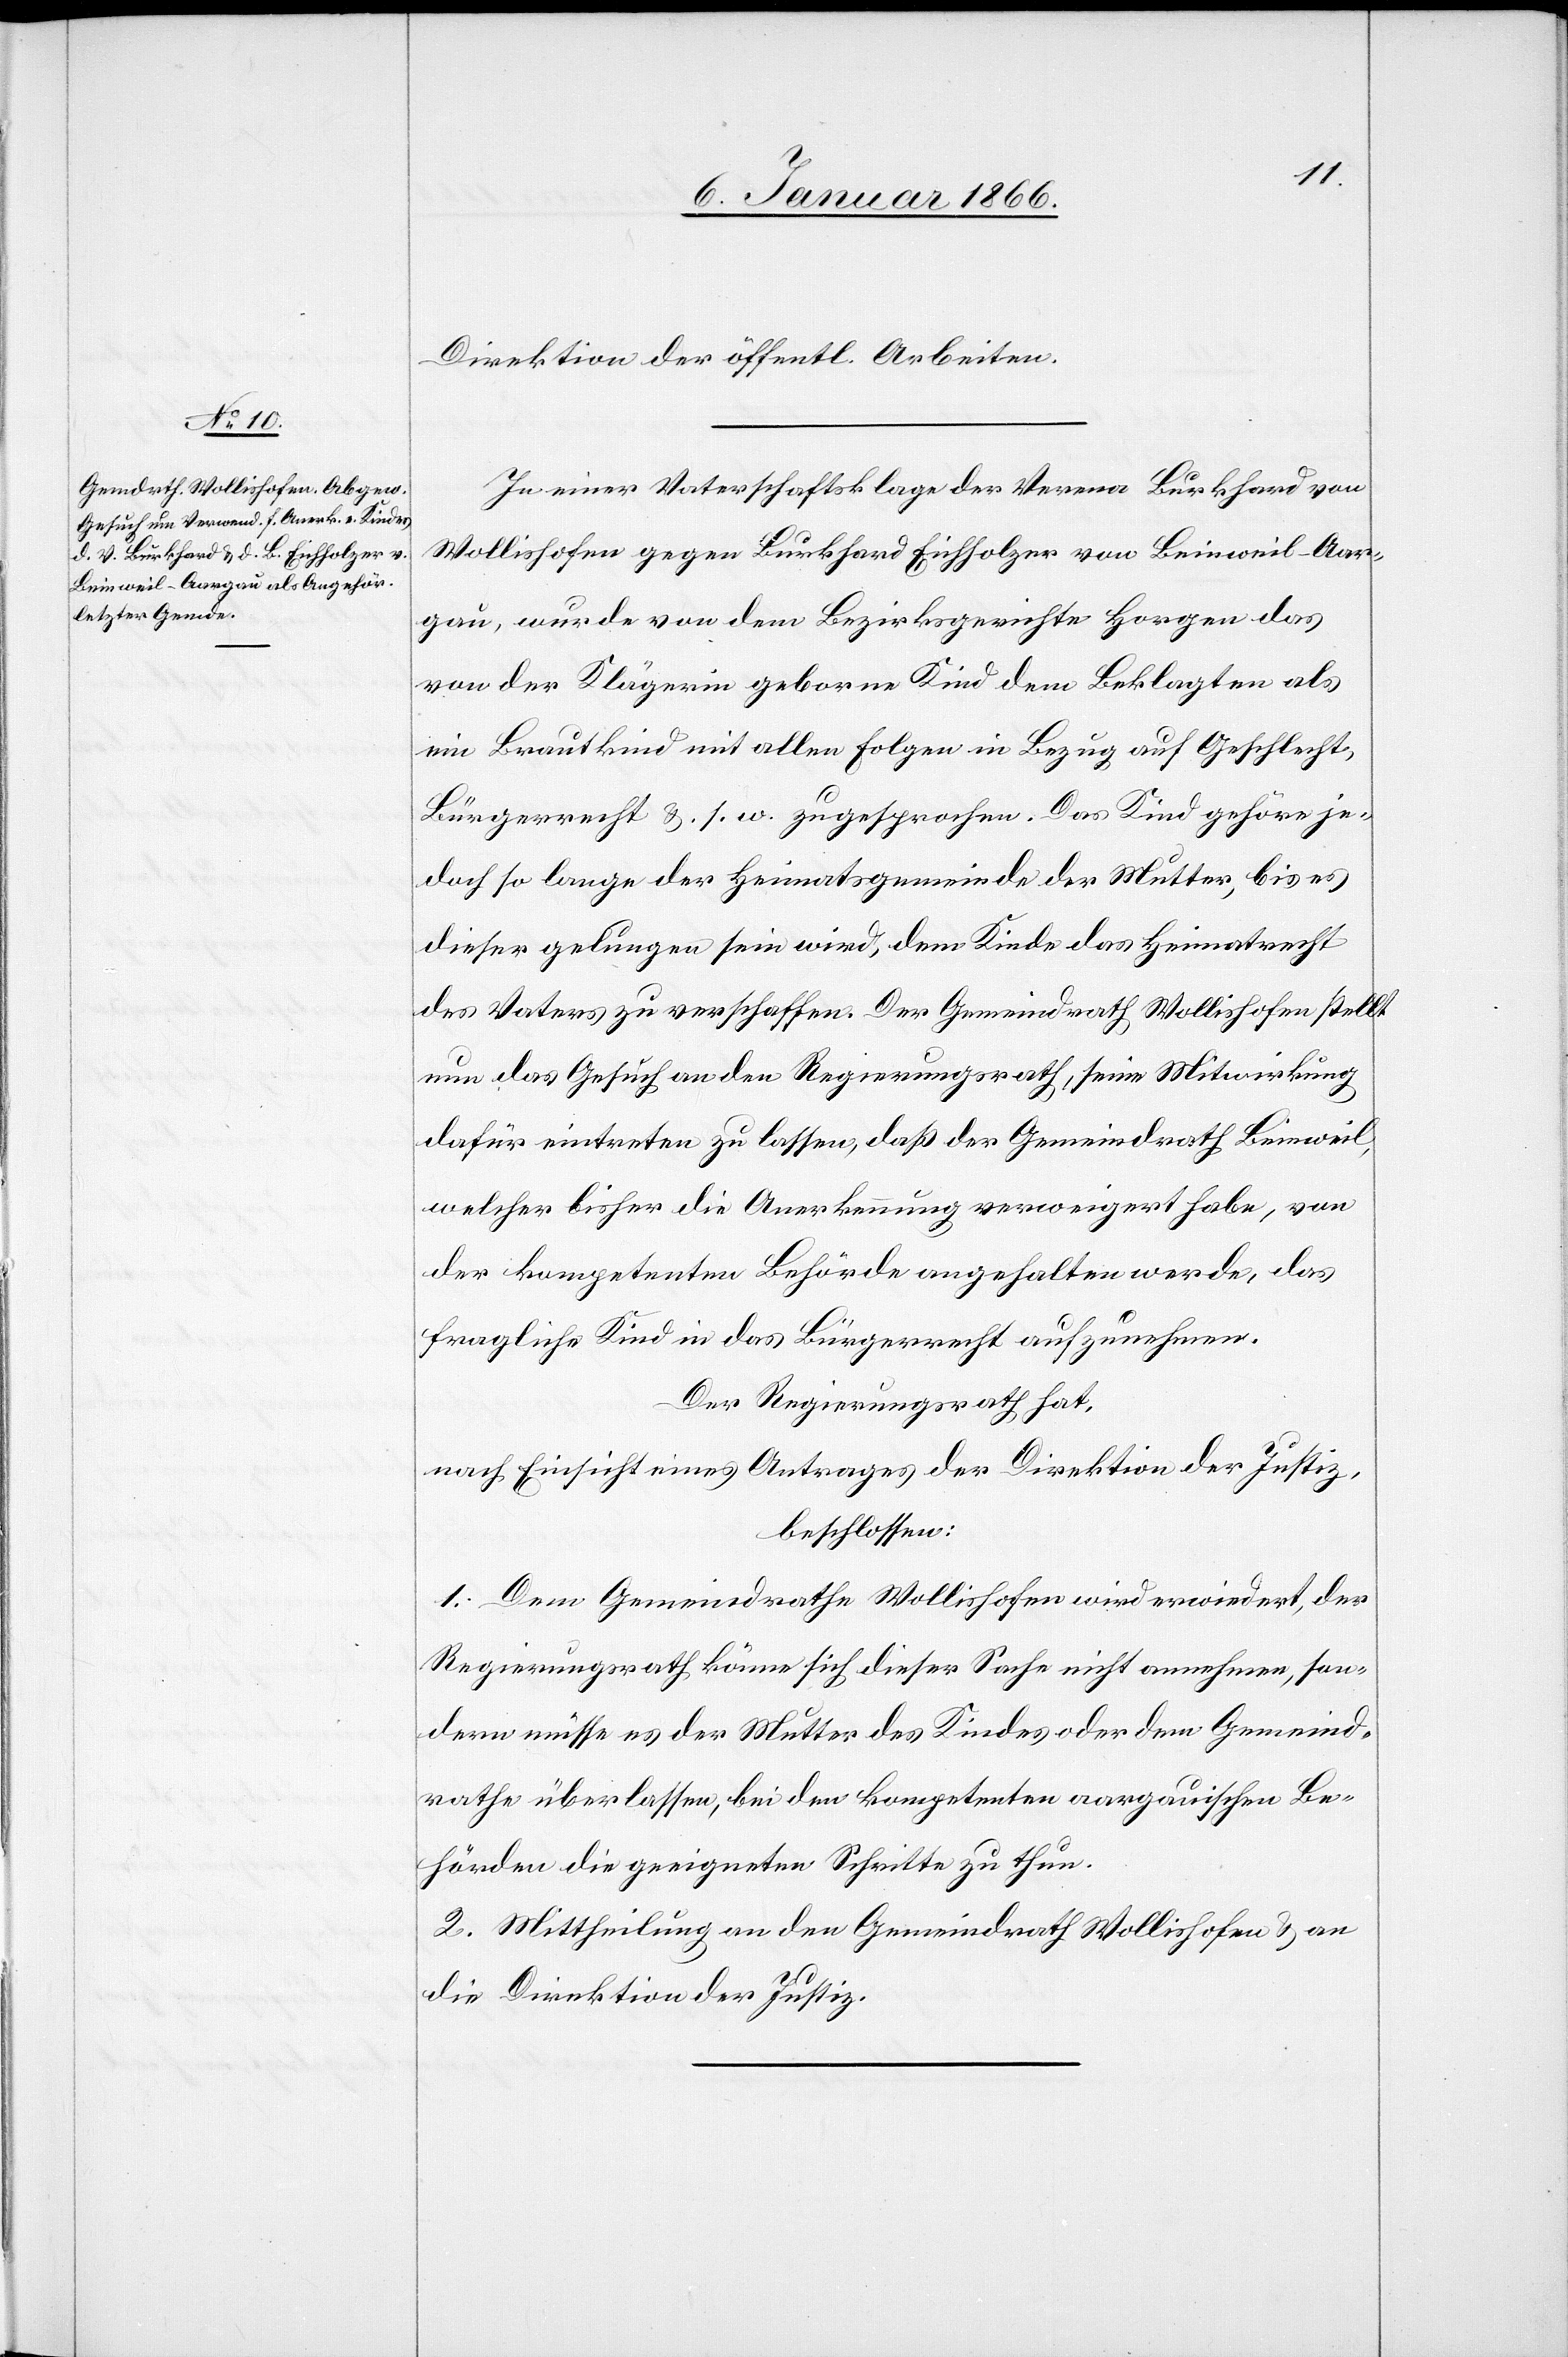
Direktion der öffentl. Arbeiten.
In einer Vaterschaftsklage der Verena Burkhard von
Wollishofen gegen Burkhard Eichholzer von Beinweil - Aar¬
gau, wurde von dem Bezirksgerichte Horgen das
von der Klägerin geborene Kind dem Beklagten als
ein Brautkind mit allen Folgen in Bezug auf Geschlecht,
Bürgerschaft u. s. w. zugesprochen. Das Kind gehöre je¬
doch so lange der Heimatsgemeinde der Mutter, bis es
dieser gelungen sein wird, dem Kinde das Heimatrecht
des Vaters zu verschaffen. Der Gemeindrath Wollishofen stellt
nun das Gesuch an den Regierungsrath, seine Mitwirkung
dafür eintreten zu lassen, daß der Gemeindrath Beinweil,
welcher bisher die Anerkennung verweigert habe, von
der kompetenten Behörde angehalten werde, das
fragliche Kind in das Bürgerrecht aufzunehmen.
Der Regierungsrath hat,
nach Einsicht eines Antrages der Direktion der Justiz,
beschlossen:
1. Dem Gemeindrathe Wollishofen wird erwiedert, der
Regierungsrath könne sich dieser Sache nicht annehmen, son¬
dern müsse es der Mutter des Kindes oder dem Gemeind¬
rathe überlassen, bei den kompetenten aargauischen Be¬
hörden die geeigneten Schritte zu thun.
2. Mittheilung an den Gemeindrath Wollishofen u. an
die Direktion der Justiz.